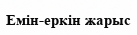
Емін-еркін жарыс